Indian journal of veterinary science and animal husbandry - Volume 5,
Year: 1935
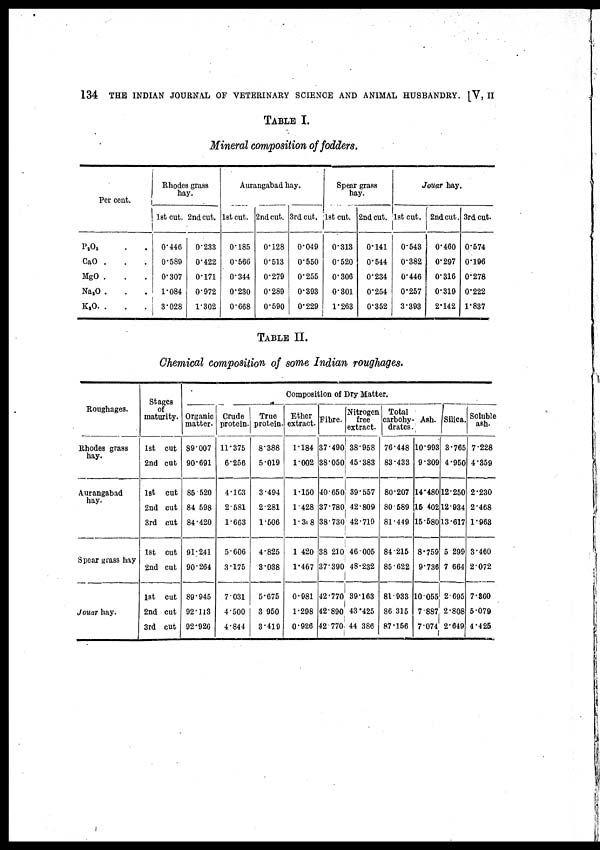
134 THE INDIAN JOURNAL OF VETERINARY SCIENCE AND ANIMAL HUSBANDRY. [V, II
TABLE I.
Mineral composition of fodders.
Per cent.
P 2 O 5 . . .
CaO . . .
MgO . . .
Na 3 O . . .
K 3 O. . . .
Rhodes grass
hay.
1st cut.
0.446
0.589
0.307
1.084
3.028
2nd cut.
0.233
0.422
0.171
0.972
1.302
Aurangabad hay.
1st cut.
0.185
0.566
0.344
0.230
0.668
2nd cut.
0.128
0.513
0.279
0.289
0.590
3rd cut.
0.049
0.550
0.255
0.393
0.229
Spear grass
hay.
1st cut.
0.313
0.520
0.306
0.301
1.263
2nd cut.
0.141
0.544
0.234
0.254
0.352
Jouar hay.
1st cut.
0.543
0.382
0.446
0.257
3.393
2nd cut.
0.460
0.297
0.316
0.319
2.142
3rd cut.
0.574
0.196
0.278
0.222
1.837
TABLE II.
Chemical composition of some Indian roughages.
Roughages.
Rhodes grass
hay.
Aurangabad
hay.
Spear grass hay
Jouar hay.
Stages
of
maturity.
1st cut
2nd cut
1st cut
2nd cut
3rd cut
1st cut
2nd cut
1st cut
2nd cut
3rd cut
Composition of Dry Matter.
Organic
matter.
39.007
90.691
85.520
84.598
84.420
91.241
90.264
89.945
92.113
92.926
Crude
protein.
11.375
6.256
4.163
2.581
1.663
5.606
3.175
7.031
4.500
4.844
True
protein.
8.388
5.019
3.494
2.281
1.506
4.825
3.038
5.675
3.950
3.419
Ether
extract.
1.184
1.002
1.150
1.428
1.308
1.420
1.467
0.981
1.298
0.926
Fibre.
37.490
38.050
40.650
37.780
38.730
38.210
37.390
42.770
42.890
42.770
Nitrogen
free
extract.
38.958
45.383
39.557
42.809
42.719
46.005
48.232
39.163
43.425
44.386
Total
carbohy-
drates.
76.448
83.433
80.207
80.589
81.449
84.215
85.622
81.933
86.315
87.156
Ash.
10.903
9.309
14.480
15.402
15.580
8.759
9.736
10.055
7.887
7.074
Silica.
3.765
4.950
12.250
2.934
13.617
5.299
7.664
2.695
2.808
2.649
Soluble
ash.
7.228
4.359
2.230
2.468
1.963
3.460
2.072
7.860
5.079
4.425